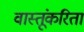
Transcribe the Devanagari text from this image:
वास्तूंकरिता